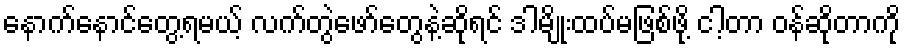
နောက်နောင်တွေ့ရမယ့် လက်တွဲဖော်တွေနဲ့ဆိုရင် ဒါမျိုးထပ်မဖြစ်ဖို့ ငါ့တာ ဝန်ဆိုတာကို